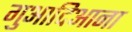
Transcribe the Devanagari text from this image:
गुआदिआना